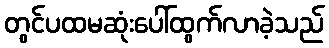
တွင်ပထမဆုံးပေါ်ထွက်လာခဲ့သည်